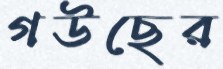
গউছের